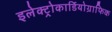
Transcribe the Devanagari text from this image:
इलेक्ट्रोकार्डियोग्राफिक